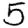
Digit: 5